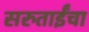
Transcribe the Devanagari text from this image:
सरुताईंचा